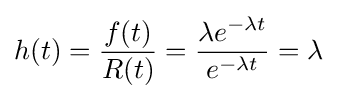
h(t)={\frac {f(t)}{R(t)}}={\frac {\lambda e^{-\lambda t}}{e^{-\lambda t}}}=\lambda